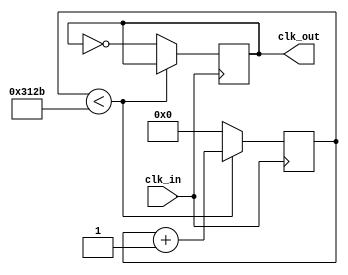
//Modulo que recibe como entrada un clock de 50KHz
//y devuelve un clock de 1KHz
module PseudoPll(
  clk_in,
  clk_out
);
input wire clk_in;
output reg clk_out;
reg [15:0] counter;
initial begin
  counter=0;
  clk_out=0;
end
always @(posedge clk_in) begin
  if (counter < (12588-1)) begin //Aumenta el contador con cada flanco ascendente
    counter <= counter +1;
  end
  else begin
    counter <=0;
    clk_out <= ~clk_out;
  end

end

endmodule // PseudoPll